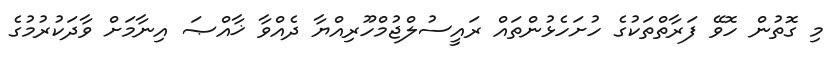
މި ގޮތުން ހޮވޭ ފަރާތްތަކުގެ ހުށަހެޅުންތައް ރައީސުލްޖުމްހޫރިއްޔާ ދެއްވާ ޚާއްޞަ އިނާމަށް ވާދަކުރުމުގެ